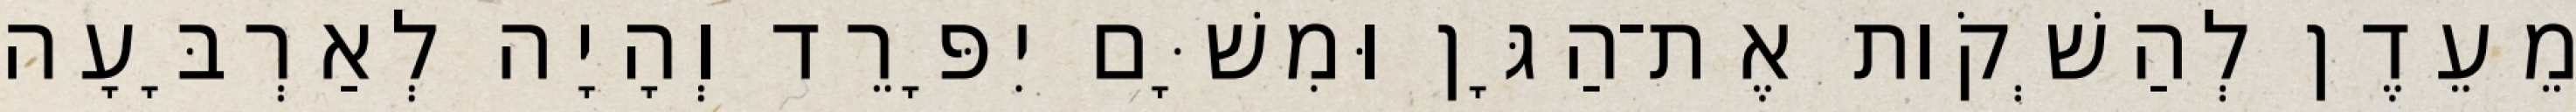
מֵעֵדֶן לְהַשְׁקֹות אֶת־הַגָּן וּמִשָּׁם יִפָּרֵד וְהָיָה לְאַרְבָּעָה